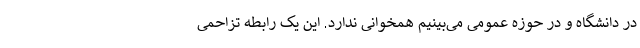
در دانشگاه و در حوزه عمومی می‌بینیم همخوانی ندارد. این یک رابطه تزاحمی